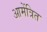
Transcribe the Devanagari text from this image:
आमेंत्रित